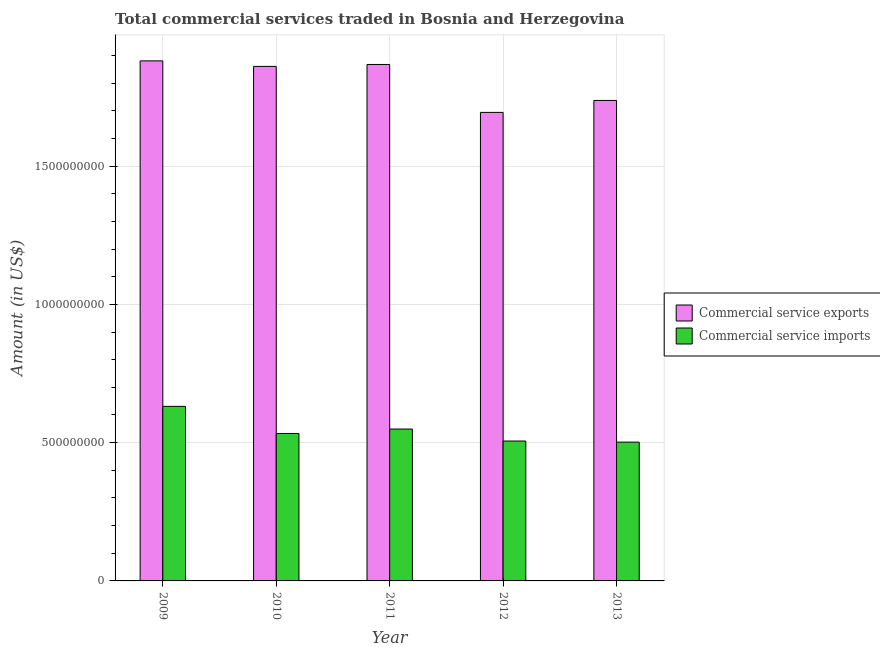
| Year | Commercial service exports | Commercial service imports |
 | --- | --- | --- |
 | 2009 | 1.88e+09 | 6.31e+08 |
 | 2010 | 1.86e+09 | 5.33e+08 |
 | 2011 | 1.87e+09 | 5.49e+08 |
 | 2012 | 1.69e+09 | 5.06e+08 |
 | 2013 | 1.74e+09 | 5.02e+08 |